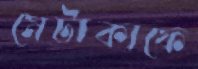
মেটাকাফে